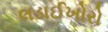
લડાઈખોરો